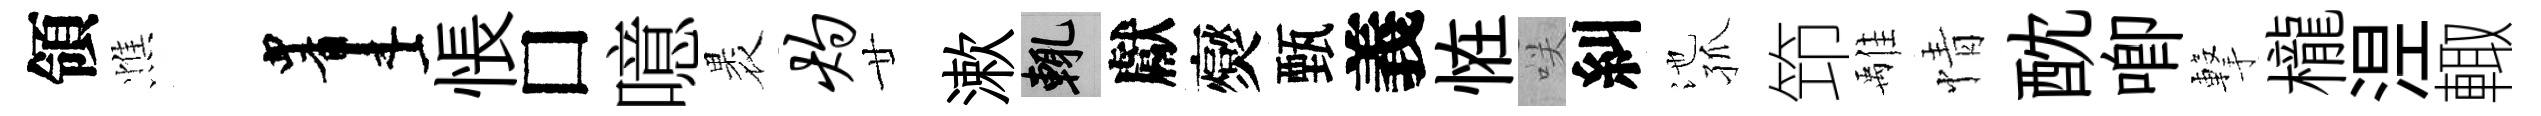
領憔画悵□噫褁灼廿漱輒獻爕甄義恠咲糾池孤笻𩀌情酖唧撃櫳𣵀輙